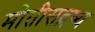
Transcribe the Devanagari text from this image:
मोतीसद्रष्य